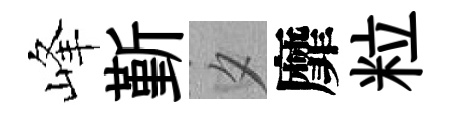
峰斳夕靡粒